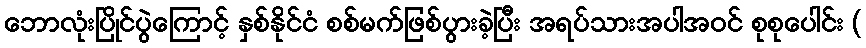
ဘောလုံးပြိုင်ပွဲကြောင့် နှစ်နိုင်ငံ စစ်မက်ဖြစ်ပွားခဲ့ပြီး အရပ်သားအပါအဝင် စုစုပေါင်း (